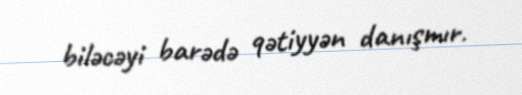
biləcəyi barədə qətiyyən danışmır.